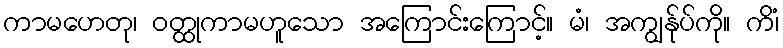
ကာမဟေတု၊ ဝတ္ထုကာမဟူသော အကြောင်းကြောင့်။ မံ၊ အကျွန်ုပ်ကို။ ကိံ၊